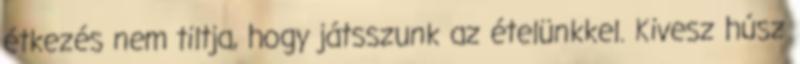
étkezés nem tiltja, hogy játsszunk az ételünkkel. Kivesz húsz